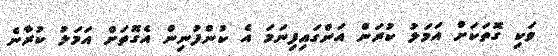
ވަކި ގޮތަކަށް އަމަލު ކުރަން އަންގައިފިނަމަ އެ ކުންފުނިން އެގޮތަށް އަމަލު ކުރާނެ